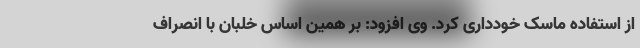
از استفاده ماسک خودداری کرد. وی افزود: بر همین اساس خلبان با انصراف